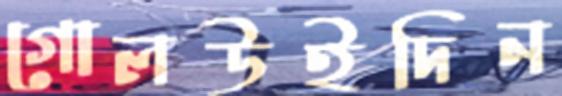
গোলউইদিন